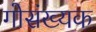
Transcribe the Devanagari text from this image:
गोसंख्यक